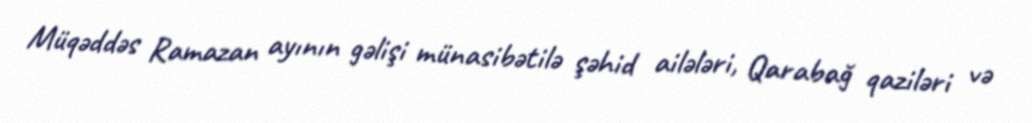
Müqəddəs Ramazan ayının gəlişi münasibətilə şəhid ailələri, Qarabağ qaziləri və